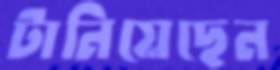
টানিয়েছেন